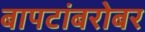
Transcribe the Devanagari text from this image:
बापटांबरोबर